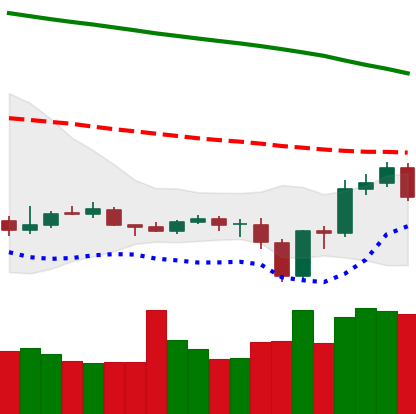
Ticker: ETC-USD
Chart end date: 2019-12-23
Forward return: 10.261%
Label: up_7plus